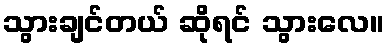
သွားချင်တယ် ဆိုရင် သွားလေ။